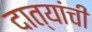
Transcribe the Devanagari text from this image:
दात्यांची